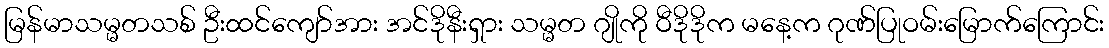
မြန်မာသမ္မတသစ် ဦးထင်ကျော်အား အင်ဒိုနီးရှား သမ္မတ ဂျိုကို ဝီဒိုဒိုက မနေ့က ဂုဏ်ပြုဝမ်းမြောက်ကြောင်း